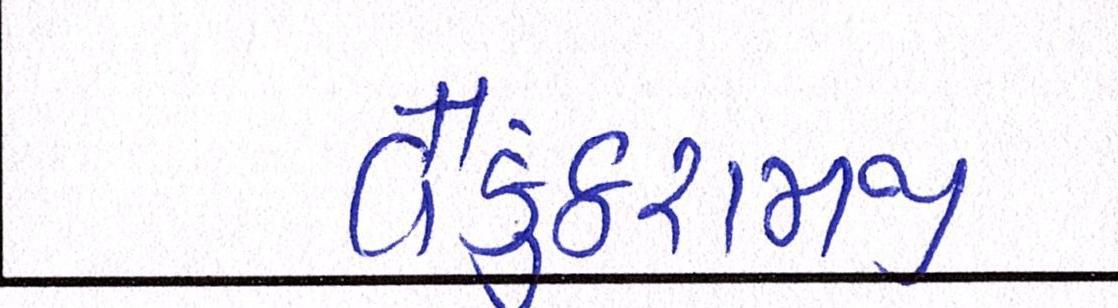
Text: વૈકુંઠરામજી